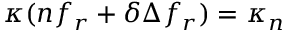
\kappa ( n f _ { r } + { \delta } \Delta f _ { r } ) = \kappa _ { n }